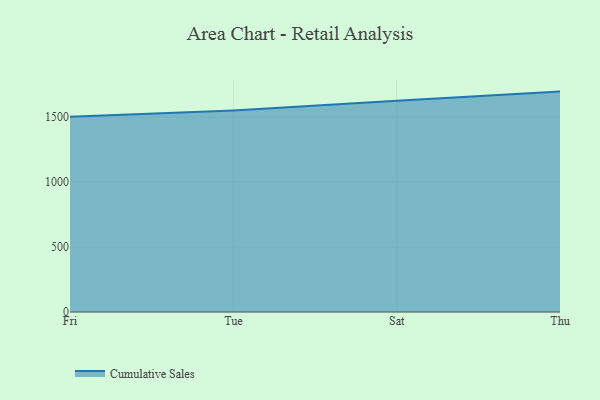
{"axis": {"x": "Day", "y": "Latency (ms)"}, "legend": ["Cumulative Sales"], "data": [{"x": "Fri", "y": 1503.7, "type": "Cumulative Sales"}, {"x": "Tue", "y": 1551.3, "type": "Cumulative Sales"}, {"x": "Sat", "y": 1625.6, "type": "Cumulative Sales"}, {"x": "Thu", "y": 1696.6, "type": "Cumulative Sales"}]}